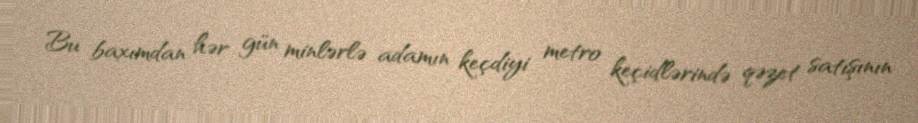
Bu baxımdan hər gün minlərlə adamın keçdiyi metro keçidlərində qəzet satışının